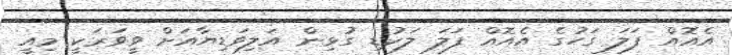
އެއޮއް ފަލަ ގަހުގެ އެއޮއް ފަލަ ލަކުޑި ގުޅިން އަލިވަޑިޔާއަށް ވީވަރަކީ މިއީ